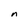
Character: n